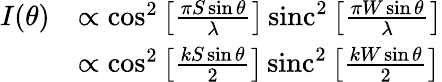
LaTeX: {\begin{array}{rl}{I(\theta)}&{\propto\cos^{2}\left[{\frac{\pi S\sin\theta}{\lambda}}\right]\operatorname{sinc}^{2}\left[{\frac{\pi W\sin\theta}{\lambda}}\right]}\\ &{\propto\cos^{2}\left[{\frac{kS\sin\theta}{2}}\right]\operatorname{sinc}^{2}\left[{\frac{kW\sin\theta}{2}}\right]}\end{array}}